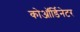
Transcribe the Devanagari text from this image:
कोऑर्डिनेटर